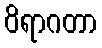
ဝိရာဂတာ